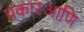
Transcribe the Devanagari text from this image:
प्रकारआणि